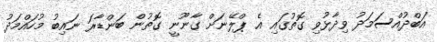
އަބްދުއްސަމަދު ވިދާޅުވި ގޮތުގައި އެ ޕްލޭނަށް ގާނޫނީ ގޮތުން ބަންޑާރަ ނައިބު މުހައްމަދު